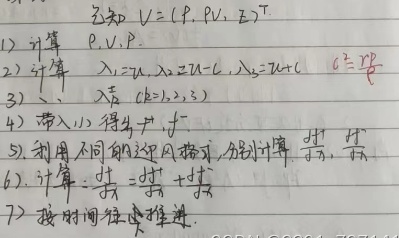
已知 \(V = (P, PV, Z)^T\)
1) 计算 \(P, V, P\)。
2) 计算 \(\lambda_1 = 2\lambda\)，\(\lambda_2 = 2\lambda - c\)，\(\lambda_3 = 2\lambda + c\)，其中 \(c^2 = \frac{\gamma P}{\rho}\)。
3) 求 \(\lambda_k\ (k = 1,2,3)\)。
4) 带入1) 得出\(f^+\) ， \(f^-\)。
5) 利用不同的迎风格式，分别计算 \(\tilde{f}_k^+\)，\(\tilde{f}_k^-\)。
6) 计算 \(\frac{\partial f}{\partial t}=\frac{\partial \tilde{f}^+}{\partial t}+\frac{\partial \tilde{f}^-}{\partial t}\)。
7) 按时间往后推进。